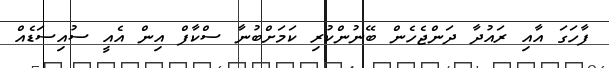
ފާހަގަ އާއި ރައުދާ ދަންޖެހެން ބޭނުންކުރި ކަމަށްބުނާ ސްކާފް އިން އެއީ ސުއިސަޑެއް